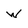
Character: w